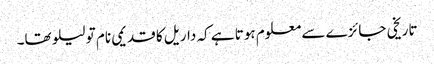
تاریخی جائزے سے معلوم ہوتا ہے کہ داریل کا قدیمی نام تو لیلو تھا۔